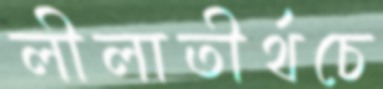
লীলাতীর্থচে